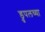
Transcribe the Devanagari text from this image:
ड्रुपलच्या